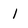
Character: I